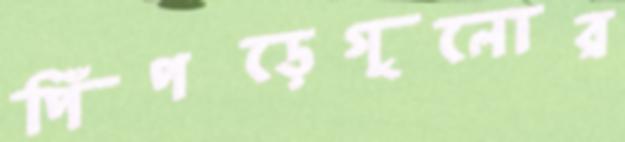
পিঁপড়েগুলোর